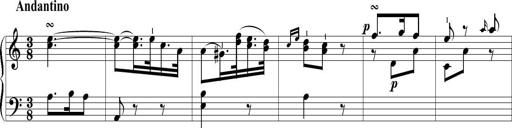
Title: 6 Leichte Sonatinen, Teil 1
Composer: F. Sigismund Sander